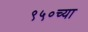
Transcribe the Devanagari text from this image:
९५०च्या